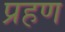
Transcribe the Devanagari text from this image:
प्रहण